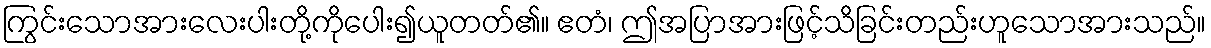
ကြွင်းသောအားလေးပါးတို့ကိုပေါး၍ယူတတ်၏။ ဧတံ၊ ဤအပြာအားဖြင့်သိခြင်းတည်းဟူသောအားသည်။